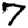
Digit: 7